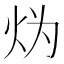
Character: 𱪯